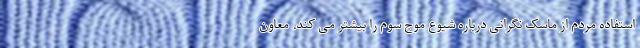
استفاده مردم از ماسک نگرانی درباره شیوع موج سوم را بیشتر می کند. معاون